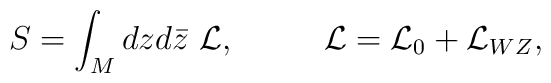
S=\int_M dz d\bar z ~ {\mathcal L}, ~~~~~~~~ {\mathcal L}={\mathcal L}_0 + {\mathcal  L}_{WZ},